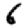
Digit: 6